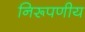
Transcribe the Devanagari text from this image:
निरूपणीय